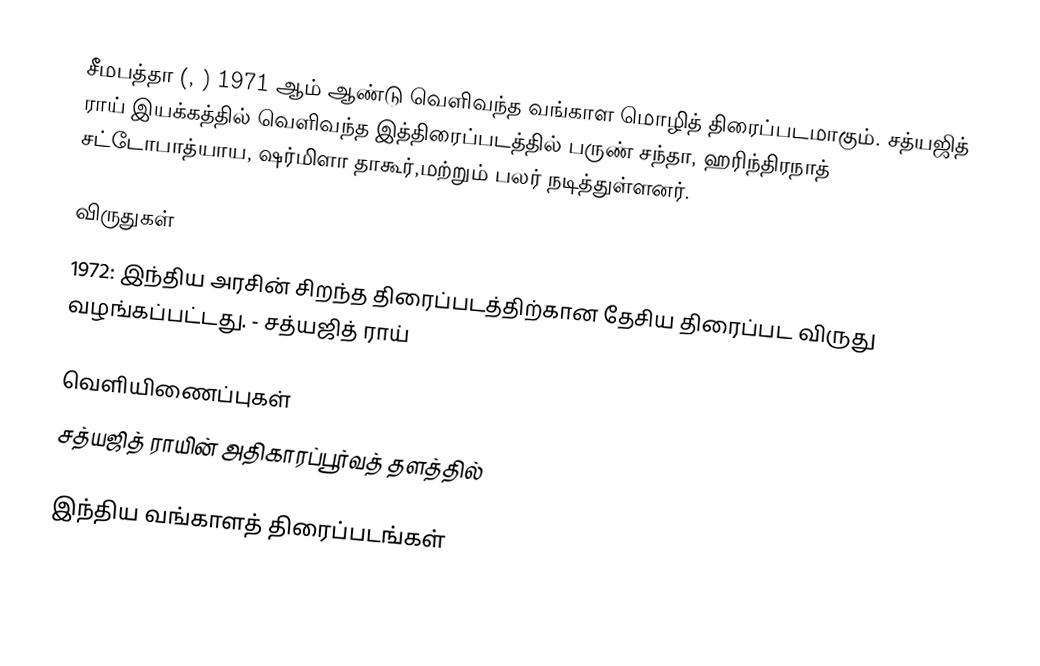
சீமபத்தா (, ) 1971 ஆம் ஆண்டு வெளிவந்த வங்காள மொழித் திரைப்படமாகும். சத்யஜித் ராய் இயக்கத்தில் வெளிவந்த இத்திரைப்படத்தில் பருண் சந்தா, ஹரிந்திரநாத் சட்டோபாத்யாய, ஷர்மிளா தாகூர்,மற்றும் பலர் நடித்துள்ளனர்.

விருதுகள்
1972:  இந்திய அரசின் சிறந்த திரைப்படத்திற்கான தேசிய திரைப்பட விருது வழங்கப்பட்டது. - சத்யஜித் ராய்

வெளியிணைப்புகள்
 சத்யஜித் ராயின் அதிகாரப்பூர்வத் தளத்தில்

இந்திய வங்காளத் திரைப்படங்கள்